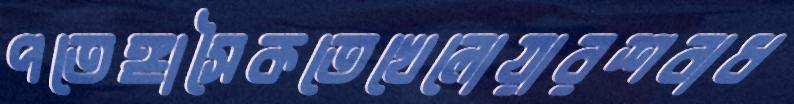
পতেঙ্গাসৈকতেখেলোয়ারশবাধ